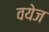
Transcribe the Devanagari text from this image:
वयेज